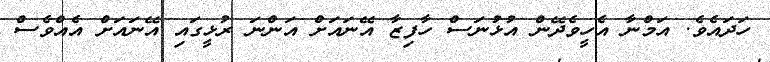
ހަދައެވެ. އަމްނާ އެހީވެދޭން އުޅުނަސް ހާފިޒާ އޭނައަށް އަންނަ ރުޅީގައި އޭނައަށް އެއްވެސް